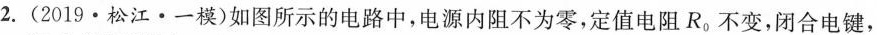
2.(2019·松江·一模)如图所示的电路中，电源内阻不为零，定值电阻R_{0}不变，闭合电键，